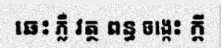
ឆេះ ភ្លឺ វត្ថ ពន្ធ ចង្កេះ ក្តី